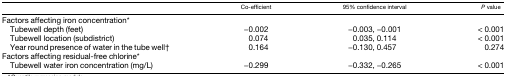
<table><thead><tr><td></td><td><b>Co-efficient</b></td><td><b>95% confidence interval</b></td><td><b><i>P</i> value</b></td></tr></thead><tbody><tr><td colspan="4">Factors affecting iron concentration*</td></tr><tr><td> Tubewell depth (feet)</td><td>−0.002</td><td>−0.003, −0.001</td><td>&lt; 0.001</td></tr><tr><td> Tubewell location (subdistrict)</td><td>0.074</td><td>0.035, 0.114</td><td>&lt; 0.001</td></tr><tr><td> Year round presence of water in the tube well†</td><td>0.164</td><td>−0.130, 0.457</td><td>0.274</td></tr><tr><td colspan="4">Factors affecting residual-free chlorine*</td></tr><tr><td> Tubewell water iron concentration (mg/L)</td><td>−0.299</td><td>−0.332, −0.265</td><td>&lt; 0.001</td></tr></tbody></table>